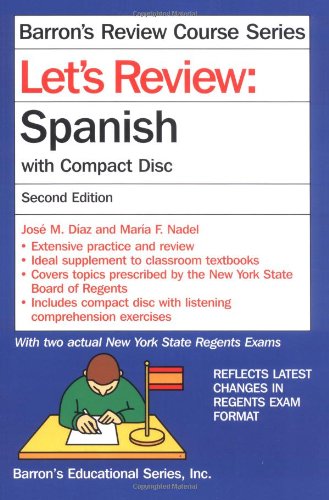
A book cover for Let's Review Spanish: with Compact Disc (Let's Review Series); Jose M. Diaz; Test Preparation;